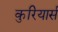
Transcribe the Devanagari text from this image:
कुरियार्स